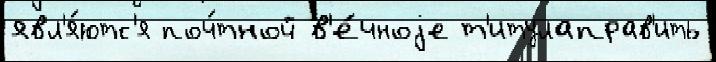
явл'я́ютс'я поч́тной в'е́чноjе т'итулаправ'ить